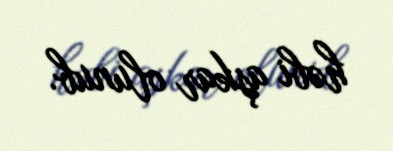
həbi aşkar olunub.